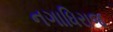
નગાધિરાજ